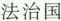
法治国